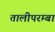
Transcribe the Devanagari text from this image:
तालीपरम्बा